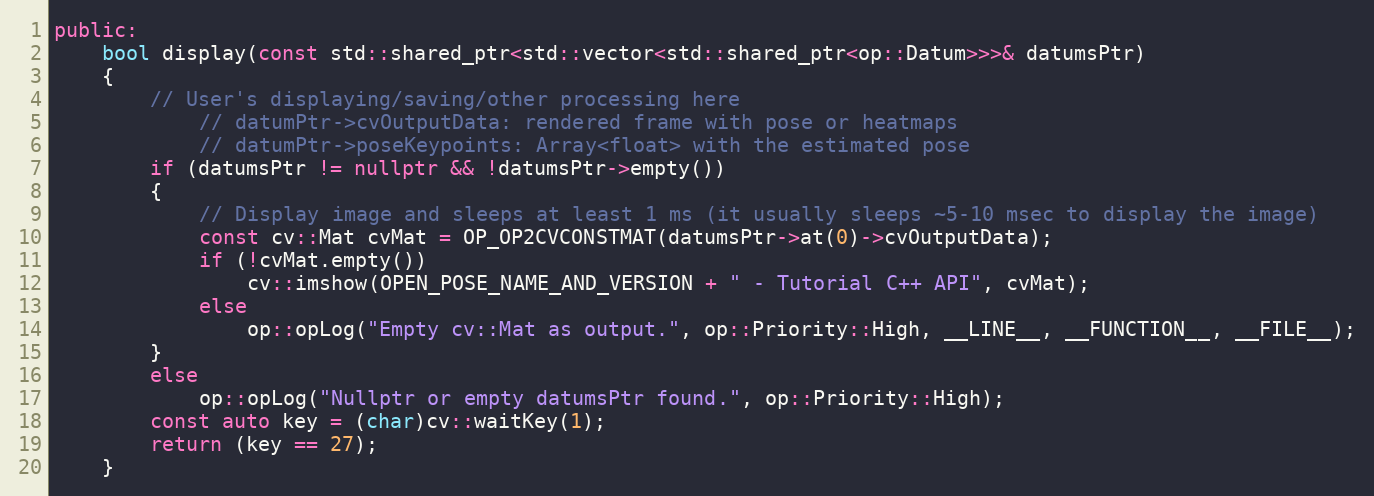
Language: C++
public:
    bool display(const std::shared_ptr<std::vector<std::shared_ptr<op::Datum>>>& datumsPtr)
    {
        // User's displaying/saving/other processing here
            // datumPtr->cvOutputData: rendered frame with pose or heatmaps
            // datumPtr->poseKeypoints: Array<float> with the estimated pose
        if (datumsPtr != nullptr && !datumsPtr->empty())
        {
            // Display image and sleeps at least 1 ms (it usually sleeps ~5-10 msec to display the image)
            const cv::Mat cvMat = OP_OP2CVCONSTMAT(datumsPtr->at(0)->cvOutputData);
            if (!cvMat.empty())
                cv::imshow(OPEN_POSE_NAME_AND_VERSION + " - Tutorial C++ API", cvMat);
            else
                op::opLog("Empty cv::Mat as output.", op::Priority::High, __LINE__, __FUNCTION__, __FILE__);
        }
        else
            op::opLog("Nullptr or empty datumsPtr found.", op::Priority::High);
        const auto key = (char)cv::waitKey(1);
        return (key == 27);
    }